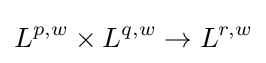
L^{p,w}\times L^{q,w}\to L^{r,w}